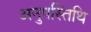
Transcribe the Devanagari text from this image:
अनुपस्तिथि